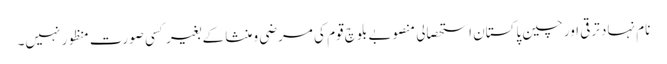
نام نہاد ترقی اور چین پاکستان استحصالی منصوبے بلوچ قوم کی مرضی و منشا کے بغیر کسی صورت منظور نہیں۔